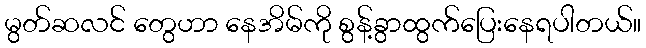
မွတ်ဆလင် တွေဟာ နေအိမ်ကို စွန့်ခွာထွက်ပြေးနေရပါတယ်။